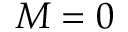
M = 0